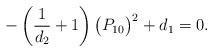
LaTeX: \begin{align*} -\left(\frac{1}{d_{2}}+1\right)\big(P_{1 0}\big)^{2}+d_{1}=0.\end{align*}